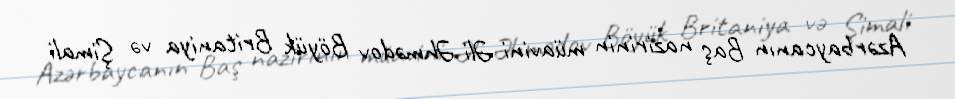
Azərbaycanın Baş nazirinin müavini Əli Əhmədov Böyük Britaniya və Şimali